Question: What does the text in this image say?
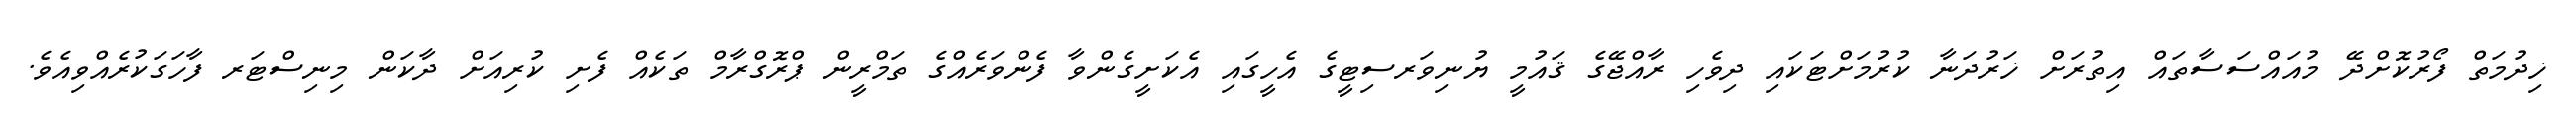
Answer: ޚިދުމަތް ފޯރުކޮށްދޭ މުއައްސަސާތައް އިތުރަށް ޚަރުދަނާ ކުރުމަށްޓަކައި ދިވެހި ރާއްޖޭގެ ޤައުމީ ޔުނިވަރސިޓީގެ އެހީގައި އެކަށީގެންވާ ފެންވަރެއްގެ ތަމްރީން ޕްރޮގްރާމް ތަކެއް ފެށި ކުރިއަށް ދާކަން މިނިސްޓަރ ފާހަގަކުރެއްވިއެވެ.